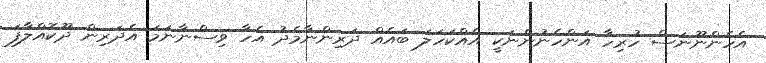
އެހެންނޫނަސް ހުރިހާ އަންހެނުންނަކީ އެއްކަހަލަ ބައެއް ދަރިންނާމެދު އެހާ ވިސްނާނަމަ އެދަރިން ދޫކޮއްލާފަ